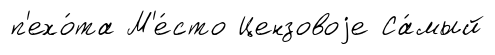
п'ехо́та М'е́сто Цензовоjе Са́мый